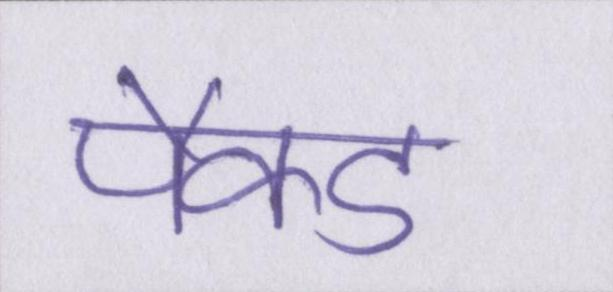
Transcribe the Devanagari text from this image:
पैक्ड